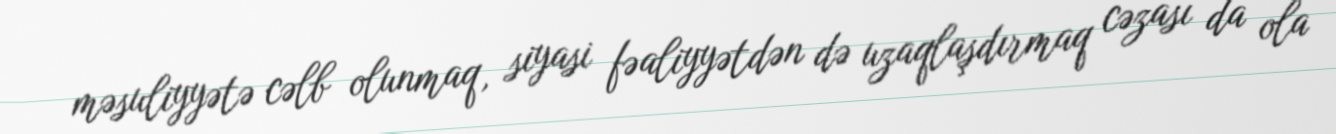
məsuliyyətə cəlb olunmaq, siyasi fəaliyyətdən də uzaqlaşdırmaq cəzası da ola